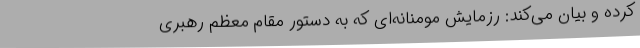
کرده و بیان می‌کند: رزمایش مومنانه‌ای که به دستور مقام معظم رهبری